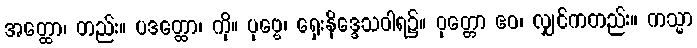
အတ္ထော၊ တည်း။ ပဒတ္ထော၊ ကို။ ပုဗ္ဗေ၊ ရှေးနိဒ္ဒေသဝါရ၌။ ဝုတ္တော ဧဝ၊ လျှင်ကတည်း။ ကသ္မာ